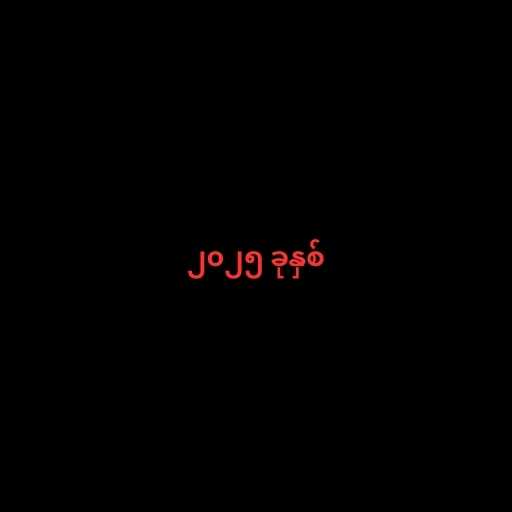
၂၀၂၅ ခုနှစ်